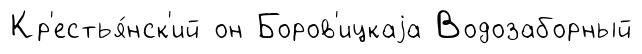
Кр'естья́нск'ий он Боров'ицкаjа Водозаборный